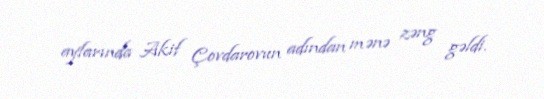
aylarında Akif Çovdarovun adından mənə zəng gəldi.